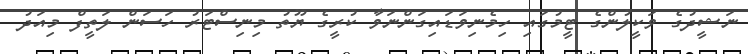
ނަޝީދުގެ ވަކީލުންގެ ޓީމުގައި ހިމެނިވަޑައިގަންނަވާ ކުރީގެ ޔޫތު މިނިސްޓަރު ހަސަން ލަތީފް މިއަދު